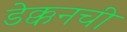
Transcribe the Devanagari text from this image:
डेक्कनची